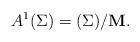
LaTeX: \begin{align*}A^1(\Sigma)=(\Sigma)/\mathbf{M}.\end{align*}